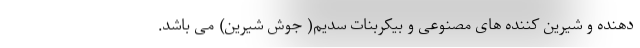
دهنده و شیرین کننده های مصنوعی و بیکربنات سدیم( جوش شیرین) می باشد.